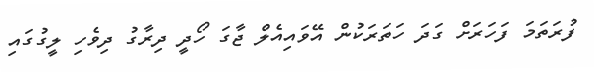
ފުރަތަމަ ފަހަރަށް ގަދަ ހަތަރަކުން އޭވައިއެލް ޖާގަ ހޯދީ ދިރާގު ދިވެހި ލީގުގައި